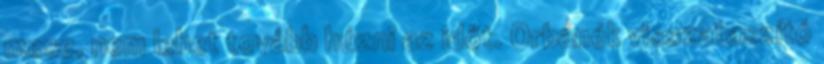
mese, nem lehet tovább húzni az időt. Orbánék visszataszító